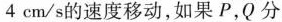
4 cm / s 的速度移动,如果 P , Q 分